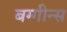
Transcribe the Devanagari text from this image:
बग्गीन्स